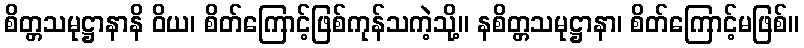
စိတ္တသမုဋ္ဌာနာနိ ဝိယ၊ စိတ်ကြောင့်ဖြစ်ကုန်သကဲ့သို့။ နစိတ္တသမုဋ္ဌာနာ၊ စိတ်ကြောင့်မဖြစ်။